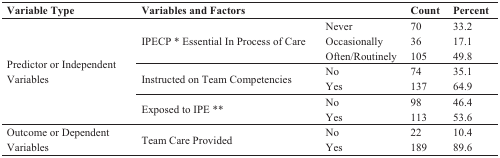
<table><thead><tr><td><b>Variable Type</b></td><td colspan="2"><b>Variables and Factors</b></td><td><b>Count</b></td><td><b>Percent</b></td></tr></thead><tbody><tr><td rowspan="7">Predictor or Independent Variables</td><td rowspan="3">IPECP * Essential In Process of Care</td><td>Never</td><td>70</td><td>33.2</td></tr><tr><td>Occasionally</td><td>36</td><td>17.1</td></tr><tr><td>Often/Routinely</td><td>105</td><td>49.8</td></tr><tr><td rowspan="2">Instructed on Team Competencies</td><td>No</td><td>74</td><td>35.1</td></tr><tr><td>Yes</td><td>137</td><td>64.9</td></tr><tr><td rowspan="2">Exposed to IPE **</td><td>No</td><td>98</td><td>46.4</td></tr><tr><td>Yes</td><td>113</td><td>53.6</td></tr><tr><td rowspan="2">Outcome or Dependent Variables</td><td rowspan="2">Team Care Provided</td><td>No</td><td>22</td><td>10.4</td></tr><tr><td>Yes</td><td>189</td><td>89.6</td></tr></tbody></table>